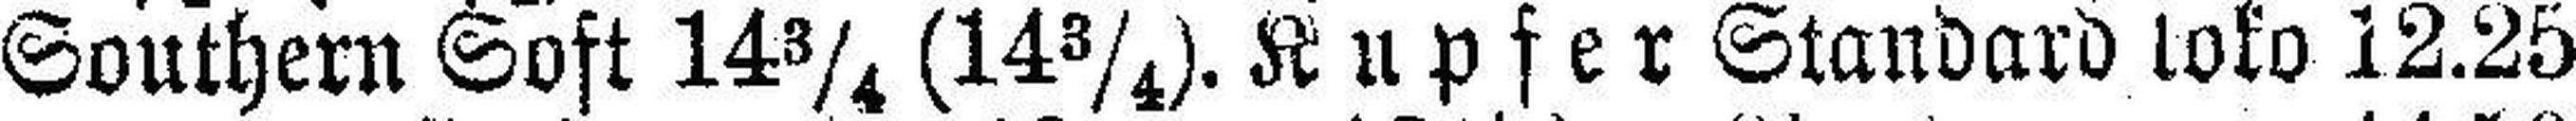
Southern Soft 14¾ (14¾). Kupfer Standard loko 12.25